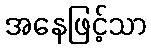
အနေဖြင့်သာ